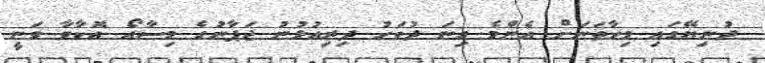
ދުނިޔޭގައި މިހާތަނަށް އެންމެ ގިނަ ދުވަހު ދިރިއުޅުނު ޖަޕާނުގެ މިސާއޯ އޮކާވާ ވަނީ